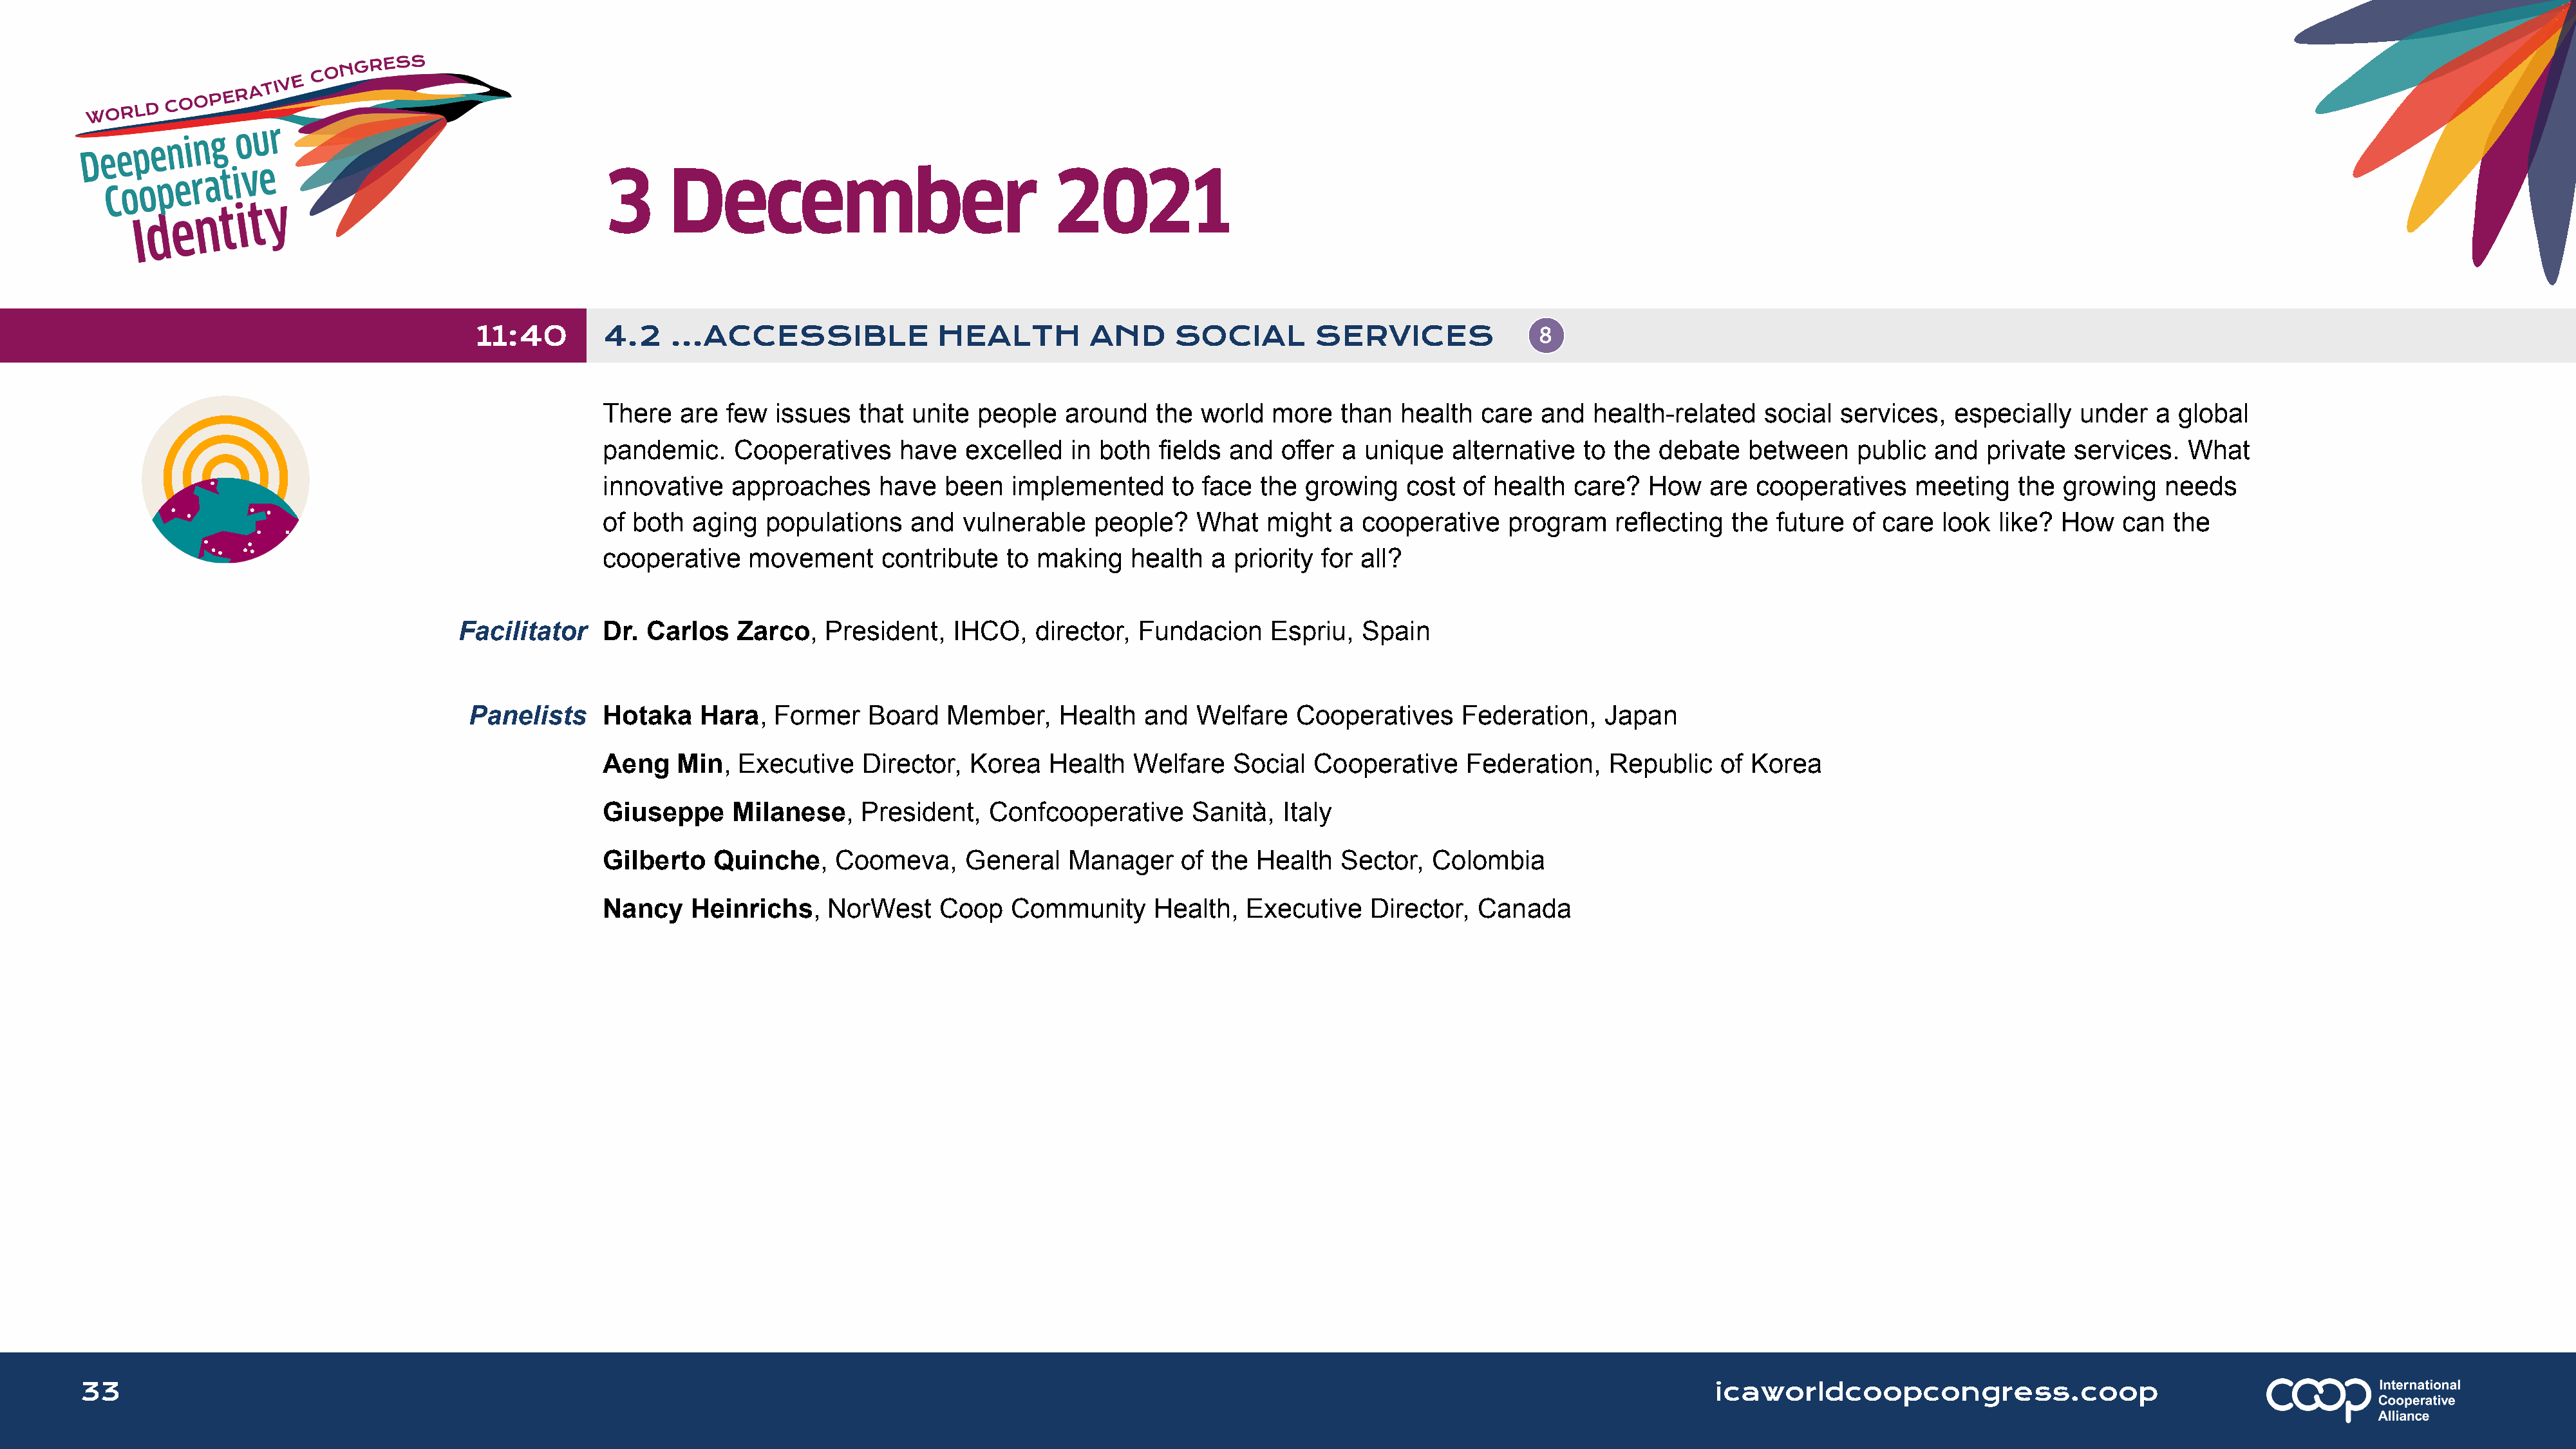
3      December                               2021
 11:40        4.2    ...ACCESSIBLE              HEALTH          AND      SOCIAL        SERVICES
 There   are  few  issues  that  unite people    around   the world   more   than  health  care  and   health-related   social  services,   especially   under   a global
 pandemic.    Cooperatives     have   excelled   in both  fields and   offer a unique   alternative   to the debate    between    public  and  private  services.   What
 innovative   approaches     have   been   implemented      to face  the growing    cost of  health  care?  How    are  cooperatives    meeting   the  growing    needs
 of both  aging   populations    and  vulnerable   people?    What   might   a cooperative    program    reflecting  the  future of  care  look like?  How   can  the
 cooperative    movement      contribute   to making   health   a priority for all?
 Facilitator    Dr. Carlos    Zarco,   President,   IHCO,   director,  Fundacion     Espriu,  Spain
 Panelists     Hotaka    Hara,   Former   Board   Member,     Health   and  Welfare   Cooperatives     Federation,    Japan
 Aeng    Min,  Executive    Director,  Korea   Health   Welfare   Social  Cooperative     Federation,   Republic    of Korea
 Giuseppe     Milanese,     President,   Confcooperative      Sanità,  Italy
 Gilberto   Quinche,     Coomeva,     General    Manager    of  the Health   Sector,  Colombia
 Nancy    Heinrichs,    NorWest     Coop   Community      Health,  Executive    Director,  Canada
 33                                                                                                                                                                      icaworldcoopcongress.coop